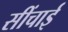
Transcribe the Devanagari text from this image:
सींचाई